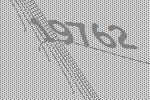
19762